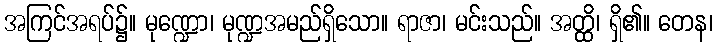
အကြင်အရပ်၌။ မုဏ္ဍော၊ မုဏ္ဍအမည်ရှိသော။ ရာဇာ၊ မင်းသည်။ အတ္ထိ၊ ရှိ၏။ တေန၊